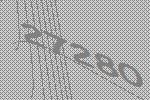
27280